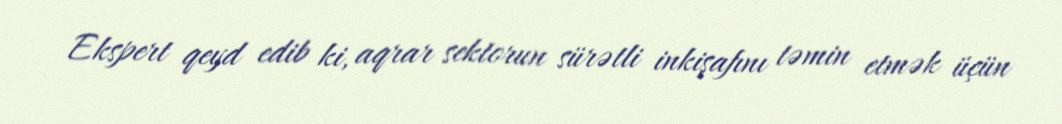
Ekspert qeyd edib ki, aqrar sektorun sürətli inkişafını təmin etmək üçün